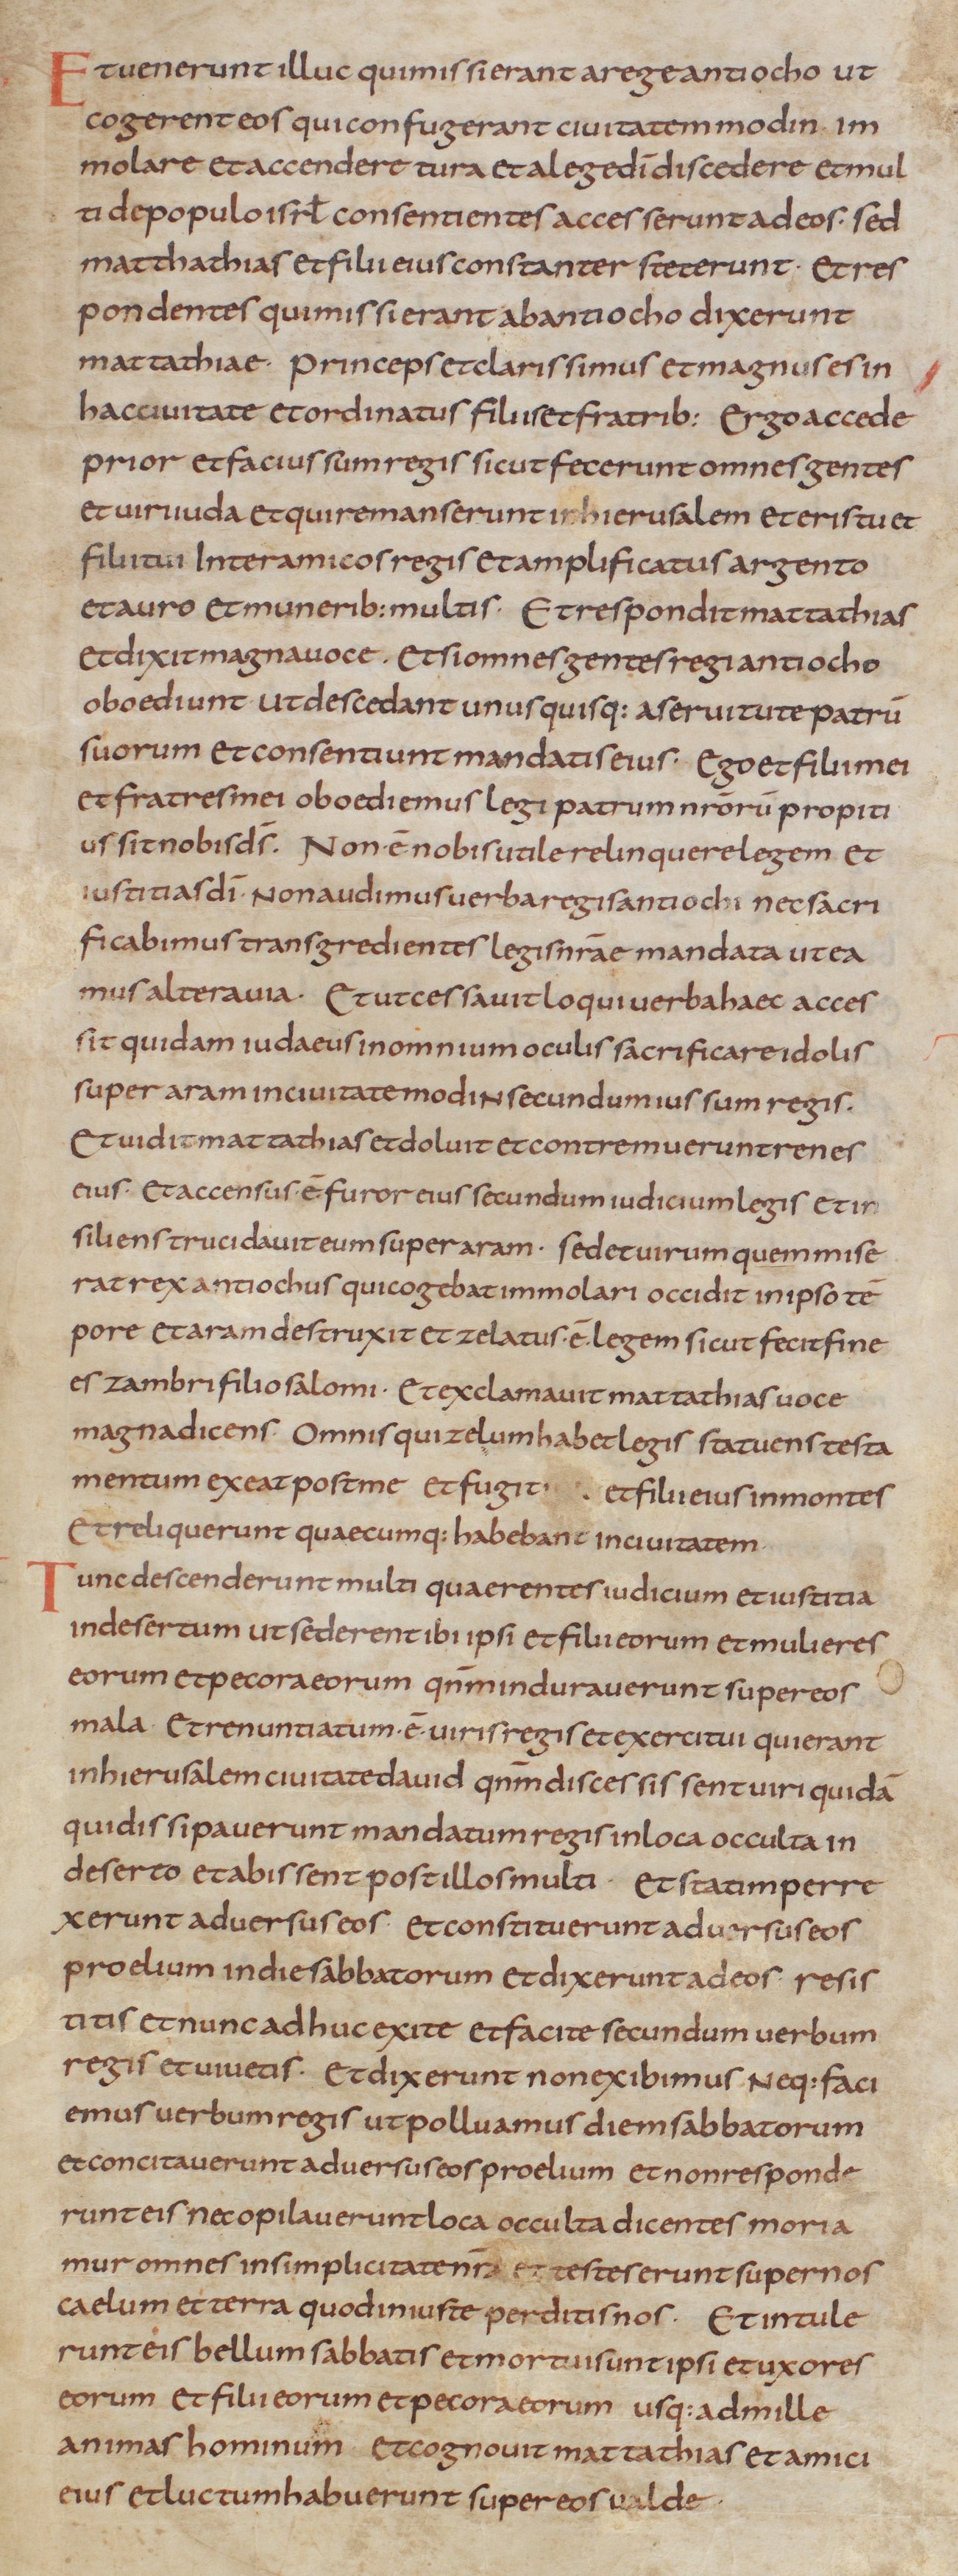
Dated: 805–845